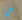
عن